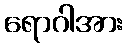
ရောဂါအား